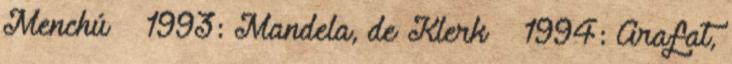
Menchú · 1993: Mandela, de Klerk · 1994: Arafat,